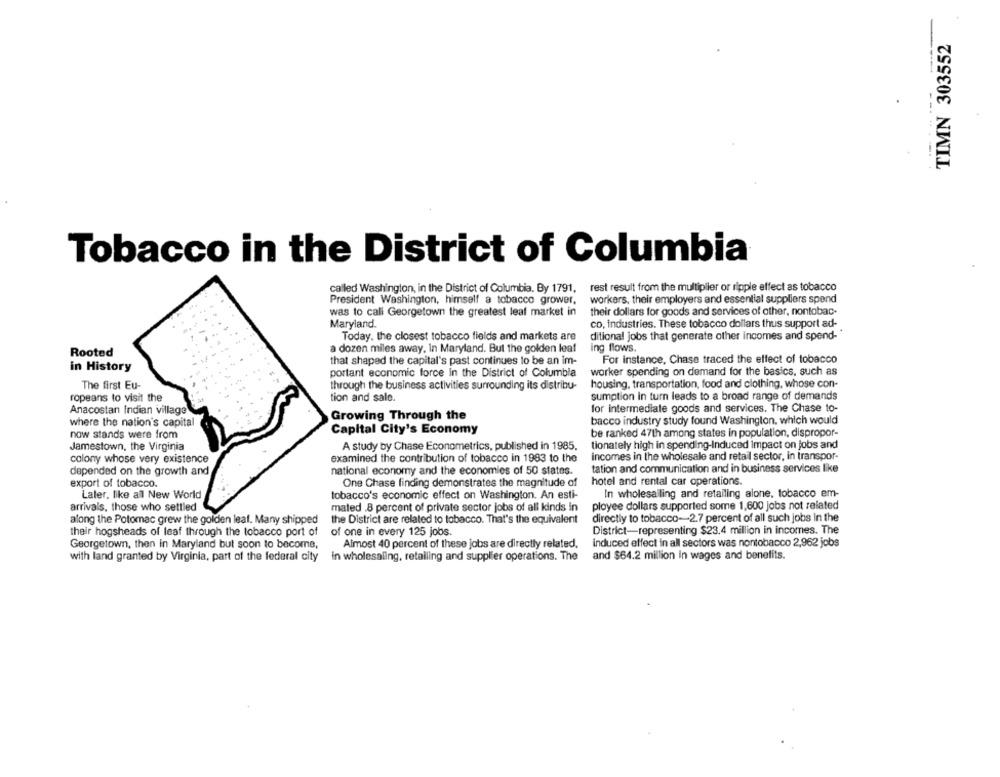
TIMN 303552
Tobacco in the District of Columbia
called Washington, in the District of Columbia. By 1791, rest result from the multiplier or ripple effect as tobacco
President Washington, himself a tobacco grower,
workers, their employers and essential suppliers spend
was to call Georgetown the greatest leaf market in
their dollars for goods and services of other, nontobac-
Maryland.
co, industries. These tobacco dollars thus support ad-
Today. the closest tobacco fields and markets are
ditional jobs that generate other incomes and spend-
a dozen miles away, In Maryland. But the golden leaf
ing flows.
Rooted
that shaped the capital's past continues to be an im-
For instance, Chase traced the effect of tobacco
in History
portant economic force in the District of Columbia
worker spending on demand for the basics, such as
The first Eu-
through the business activities surrounding its distribu-
housing, transportation, food and clothing, whose con-
ropeans to visit the
tion and sale.
sumption in turn leads to a broad range of demands
Anacostan Indian village
for intermediate goods and services. The Chase to-
Growing Through the
where the nation's capital
bacco industry study found Washington, which would
now stands were from
Capital City's Economy
be ranked 47th among states in population, dispropor-
Jamestown, the Virginia
A study by Chase Econometrics, published in 1985.
tionately high in spending-Induced impact on jobs and
colony whose very existence
examined the contribution of tobacco in 1983 to the
incomes in the wholesale and retail sector, in transpor-
depended on the growth and
national economy and the economies of 50 states.
tation and communication and in business services like
export of tobacco.
One Chase finding demonstrates the magnitude of
hotel and rental car operations.
Laler, like all New World
tobacco's economic effect on Washington. An esti-
In wholesalling and retailing alone, tobacco em-
ployee dollars supported some 1,600 jobs not related
arrivals, those who settled
mated .8 percent of private sector jobs of all kinds in
along the Potomac grew the golden leaf. Many shipped
the District are related to tobacco. That's the equivalent
directly to tobacco-2.7 percent of all such jobs in the
their hogsheads of leaf through the tobacco port of
of one in every 125 jobs.
District-representing $23.4 million in incomes. The
Georgetown, then in Maryland but soon to become,
Almost 40 percent of these jobs are directly related.
induced effect in all sectors was nontobacco 2,962 jobs
with land granted by Virginia, part of the federal city
in wholesaling, retailing and supplier operations. The
and $64.2 million In wages and benefits.